Indian journal of veterinary science and animal husbandry - Volumes 22-23, 1952-1953
Year: 1952
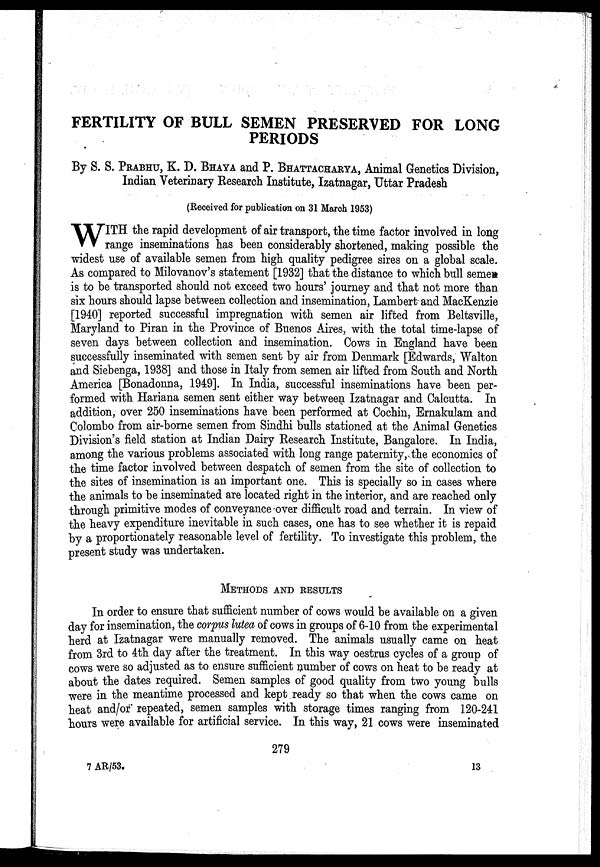
FERTILITY OF BULL SEMEN PRESERVED FOR LONG
PERIODS
By S. S. PRABHU, K. D. BHAYA and P. BHATTACHARYA, Animal Genetics Division,
Indian Veterinary Research Institute, Izatnagar, Uttar Pradesh
(Received for publication on 31 March 1953)
W ITH the rapid development of air transport, the time factor involved in long
range inseminations has been considerably shortened, making possible the
widest use of available semen from high quality pedigree sires on a global scale.
As compared to Milovanov's statement [1932] that the distance to which bull semen
is to be transported should not exceed two hours' journey and that not more than
six hours should lapse between collection and insemination, Lambert and MacKenzie
[1940] reported successful impregnation with semen air lifted from Beltsville,
Maryland to Piran in the Province of Buenos Aires, with the total time-lapse of
seven days between collection and insemination. Cows in England have been
successfully inseminated with semen sent by air from Denmark [Edwards, Walton
and Siebenga, 1938] and those in Italy from semen air lifted from South and North
America [Bonadonna, 1949]. In India, successful inseminations have been per-
formed with Hariana semen sent either way between Izatnagar and Calcutta. In
addition, over 250 inseminations have been performed at Cochin, Ernakulam and
Colombo from air-borne semen from Sindhi bulls stationed at the Animal Genetics
Division's field station at Indian Dairy Research Institute, Bangalore. In India,
among the various problems associated with long range paternity, the economics of
the time factor involved between despatch of semen from the site of collection to
the sites of insemination is an important one. This is specially so in cases where
the animals to be inseminated are located right in the interior, and are reached only
through primitive modes of conveyance over difficult road and terrain. In view of
the heavy expenditure inevitable in such cases, one has to see whether it is repaid
by a proportionately reasonable level of fertility. To investigate this problem, the
present study was undertaken.
METHODS AND RESULTS
In order to ensure that sufficient number of cows would be available on a given
day for insemination, the corpus lutea of cows in groups of 6-10 from the experimental
herd at Izatnagar were manually removed. The animals usually came on heat
from 3rd to 4th day after the treatment. In this way oestrus cycles of a group of
cows were so adjusted as to ensure sufficient number of cows on heat to be ready at
about the dates required. Semen samples of good quality from two young bulls
were in the meantime processed and kept ready so that when the cows came on
heat and/or repeated, semen samples with storage times ranging from 120-241
hours were available for artificial service. In this way, 21 cows were inseminated
279
7 AR/53.
13